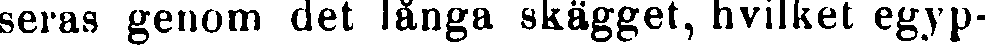
seras genom det långa skägget, hvilket egyp-